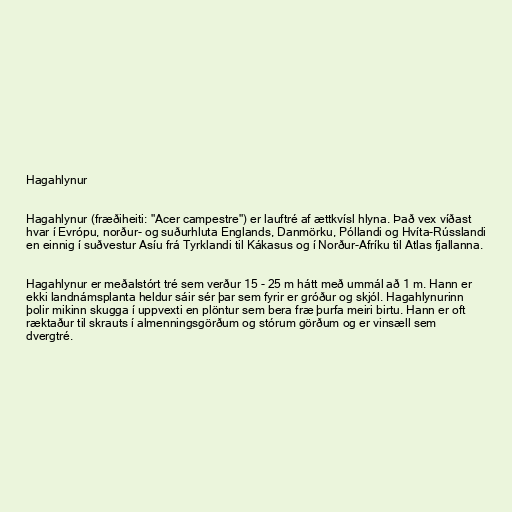
Hagahlynur

Hagahlynur (fræðiheiti: "Acer campestre") er lauftré af ættkvísl hlyna. Það vex víðast
hvar í Evrópu, norður- og suðurhluta Englands, Danmörku, Póllandi og Hvíta-Rússlandi
en einnig í suðvestur Asíu frá Tyrklandi til Kákasus og í Norður-Afríku til Atlas fjallanna.

Hagahlynur er meðalstórt tré sem verður 15 - 25 m hátt með ummál að 1 m. Hann er
ekki landnámsplanta heldur sáir sér þar sem fyrir er gróður og skjól. Hagahlynurinn
þolir mikinn skugga í uppvexti en plöntur sem bera fræ þurfa meiri birtu. Hann er oft
ræktaður til skrauts í almenningsgörðum og stórum görðum og er vinsæll sem
dvergtré.